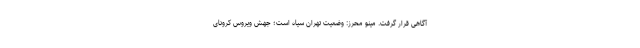
آگاهی قرار گرفت. مینو محرز: وضعیت تهران سیاه است؛ جهش ویروس کرونای